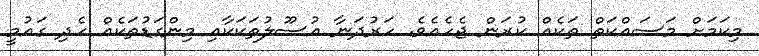
މިކަމަށް މަސައްކަތް ތަކެއް ކުރަން ޖެހެއެވެ. ހަރުދަނާ އުސޫލުތަކަކާއި މިންގަޑުތަކެއް ހެދި ގައުމީ